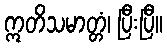
ဣတိသမာတ္တံ၊ ပြီးပြီ။